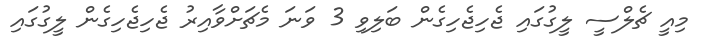
މިއީ ޗެލްސީ ލީގުގައި ޖެހިޖެހިގެން ބަލިވި 3 ވަނަ މެޗަށްވާއިރު ޖެހިޖެހިގެން ލީގުގައި